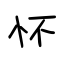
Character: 怀